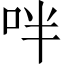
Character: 𠰢